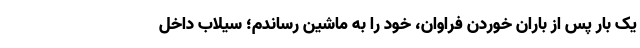
یک بار پس از باران خوردنِ فراوان، خود را به ماشین رساندم؛ سیلاب داخل